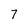
Character: 7